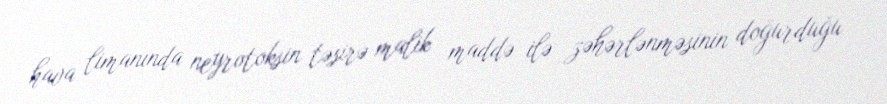
hava limanında neyrotoksin təsirə malik maddə ilə zəhərlənməsinin doğurduğu